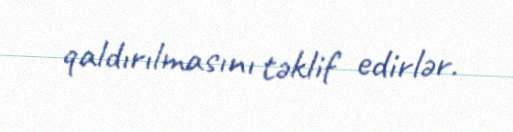
qaldırılmasını təklif edirlər.